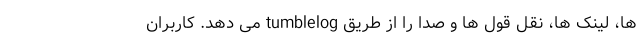
ها، لینک ها، نقل قول ها و صدا را از طریق tumblelog می دهد. کاربران